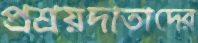
প্রশ্রয়দাতাদের